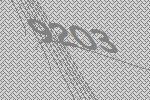
9203